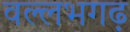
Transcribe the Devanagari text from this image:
वल्लभगढ़